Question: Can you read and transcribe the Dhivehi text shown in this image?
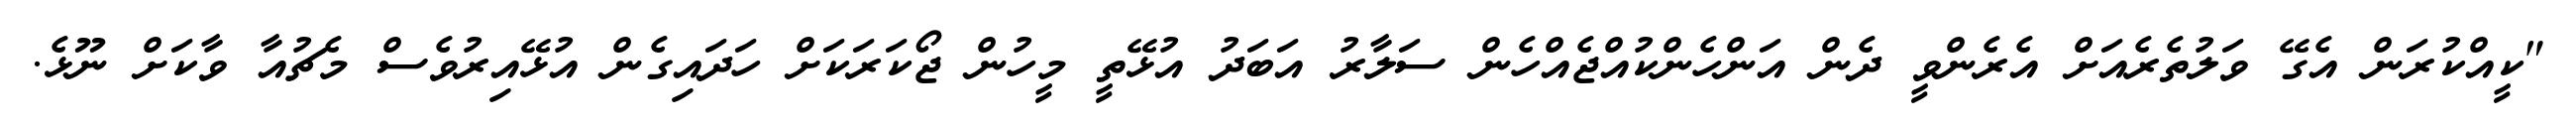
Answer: "ކީއްކުރަން އެގޭ ވަލުތެރެއަށް އެރެންވީ ދެން އަންހެންކުއްޖެއްހެން ސަލާރު އަބަދު އުޅޭތީ މީހުން ޖޯކަރަކަށް ހަދައިގެން އުޅޭއިރުވެސް މެޗުއާ ވާކަށް ނޫޅެ.